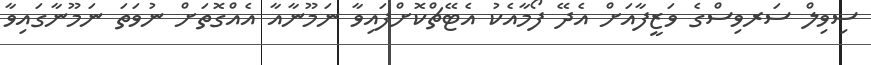
ސިވިލް ސަރވިސްގެ ވަޒީފާއަށް އެދޭ ފޯމާއެކު އެޓޭޗްކޮށްފައިވާ ނަމޫނާއާ އެއްގޮތަށް ނުވަތަ ނަމޫނާގައިވާ